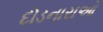
દોડનારાઓ